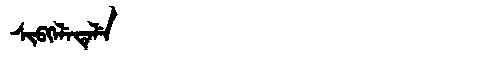
Manchu: ᠰᡳᠪᡴᡝᠯᡝᡨᡝᠯᡝ
Romanization: SIBKELETELE